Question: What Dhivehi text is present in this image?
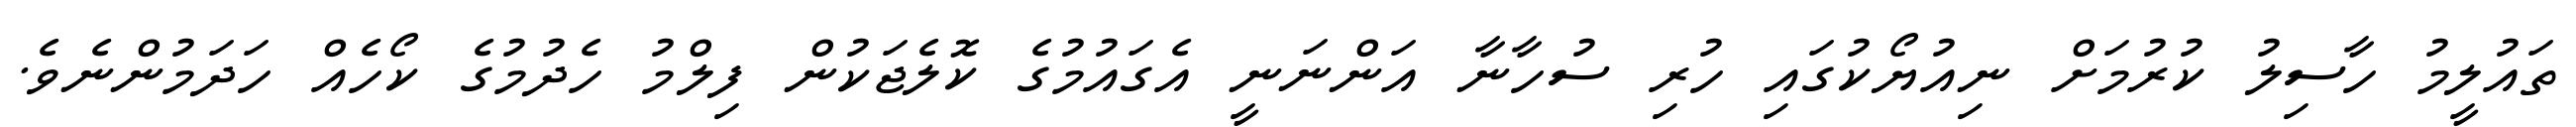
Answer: ތައުލީމު ހާސިލު ކުރުމަށް ނިއުޔޯކުގައި ހުރި ސުހާނާ އަންނަނީ އެގައުމުގެ ކޮލެޖަކުން ފިލްމު ހެދުމުގެ ކޯހެއް ހަދަމުންނެވެ.